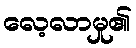
လေ့လာမှု၏